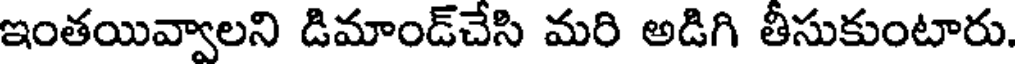
ఇంతయివ్వాలని డిమాండ్చేసి మరి అడిగి తీసుకుంటారు.